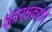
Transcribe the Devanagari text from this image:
क्षेत्ररक्षकांशी